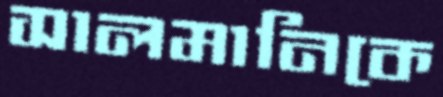
সালমানিকে